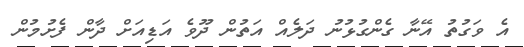
އެ ވަގުތު އޭނާ ގެންގުޅުނު ދަލެއް އަތުން ދޫވެ އަޑިއަށް ދާން ފެށުމުން